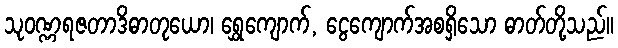
သုဝဏ္ဏရဇတာဒိဓာတုယော၊ ရွှေကျောက်, ငွေကျောက်အစရှိသော ဓာတ်တို့သည်။